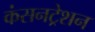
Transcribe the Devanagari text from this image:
कंसनट्रेशन